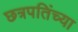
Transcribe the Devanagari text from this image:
छत्रपतिंच्या